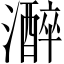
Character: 𤂭